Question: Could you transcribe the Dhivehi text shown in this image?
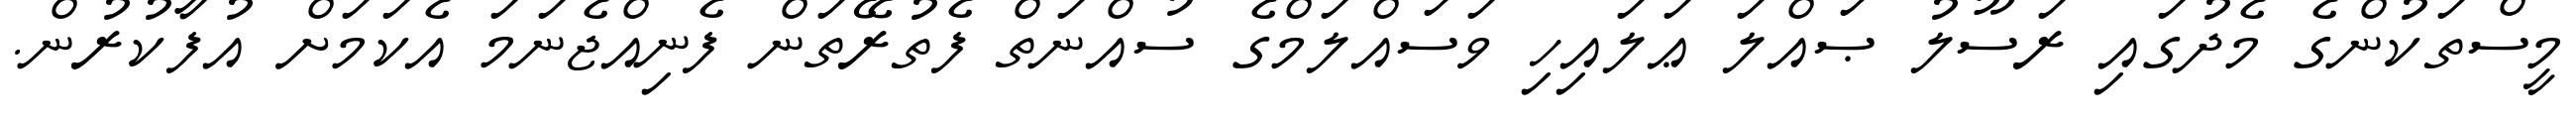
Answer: މީސްތަކުންގެ މެދުގައި ރަސޫލު ޞައްލަ ޢަލައިހި ވަސައްލަމްގެ ސުއްނަތް ފެތުރޭތަން ފެނިއްޖެނަމަ އެކަމަށް އުފާކުރުން.